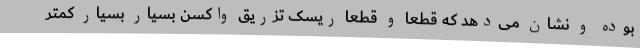
بوده و نشان می‌دهد که قطعا و قطعا ریسک تزریق واکسن بسیار بسیار کمتر